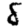
Digit: 8